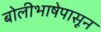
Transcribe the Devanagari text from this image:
बोलीभाषेपासून